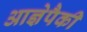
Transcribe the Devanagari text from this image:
आज्ञेपैकी